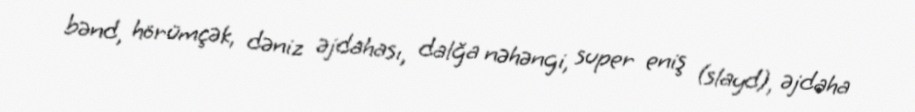
bənd, hörümçək, dəniz əjdahası, dalğa nəhəngi, super eniş (slayd), əjdaha